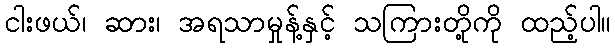
ငါးဖယ်၊ ဆား၊ အရသာမှုန့်နှင့် သကြားတို့ကို ထည့်ပါ။